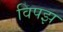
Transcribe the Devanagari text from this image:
विपझ